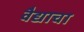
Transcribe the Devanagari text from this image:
वैद्याचा